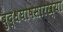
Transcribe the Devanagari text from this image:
बुद्धघोषसारख्या